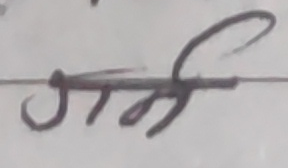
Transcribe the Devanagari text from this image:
गर्ने